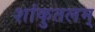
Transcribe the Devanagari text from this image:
शांकुतलम्